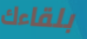
بلقاءك